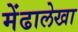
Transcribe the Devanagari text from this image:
मेंढालेखा